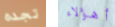
تجده أهؤلاء